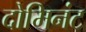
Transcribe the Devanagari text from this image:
दोमिनंट